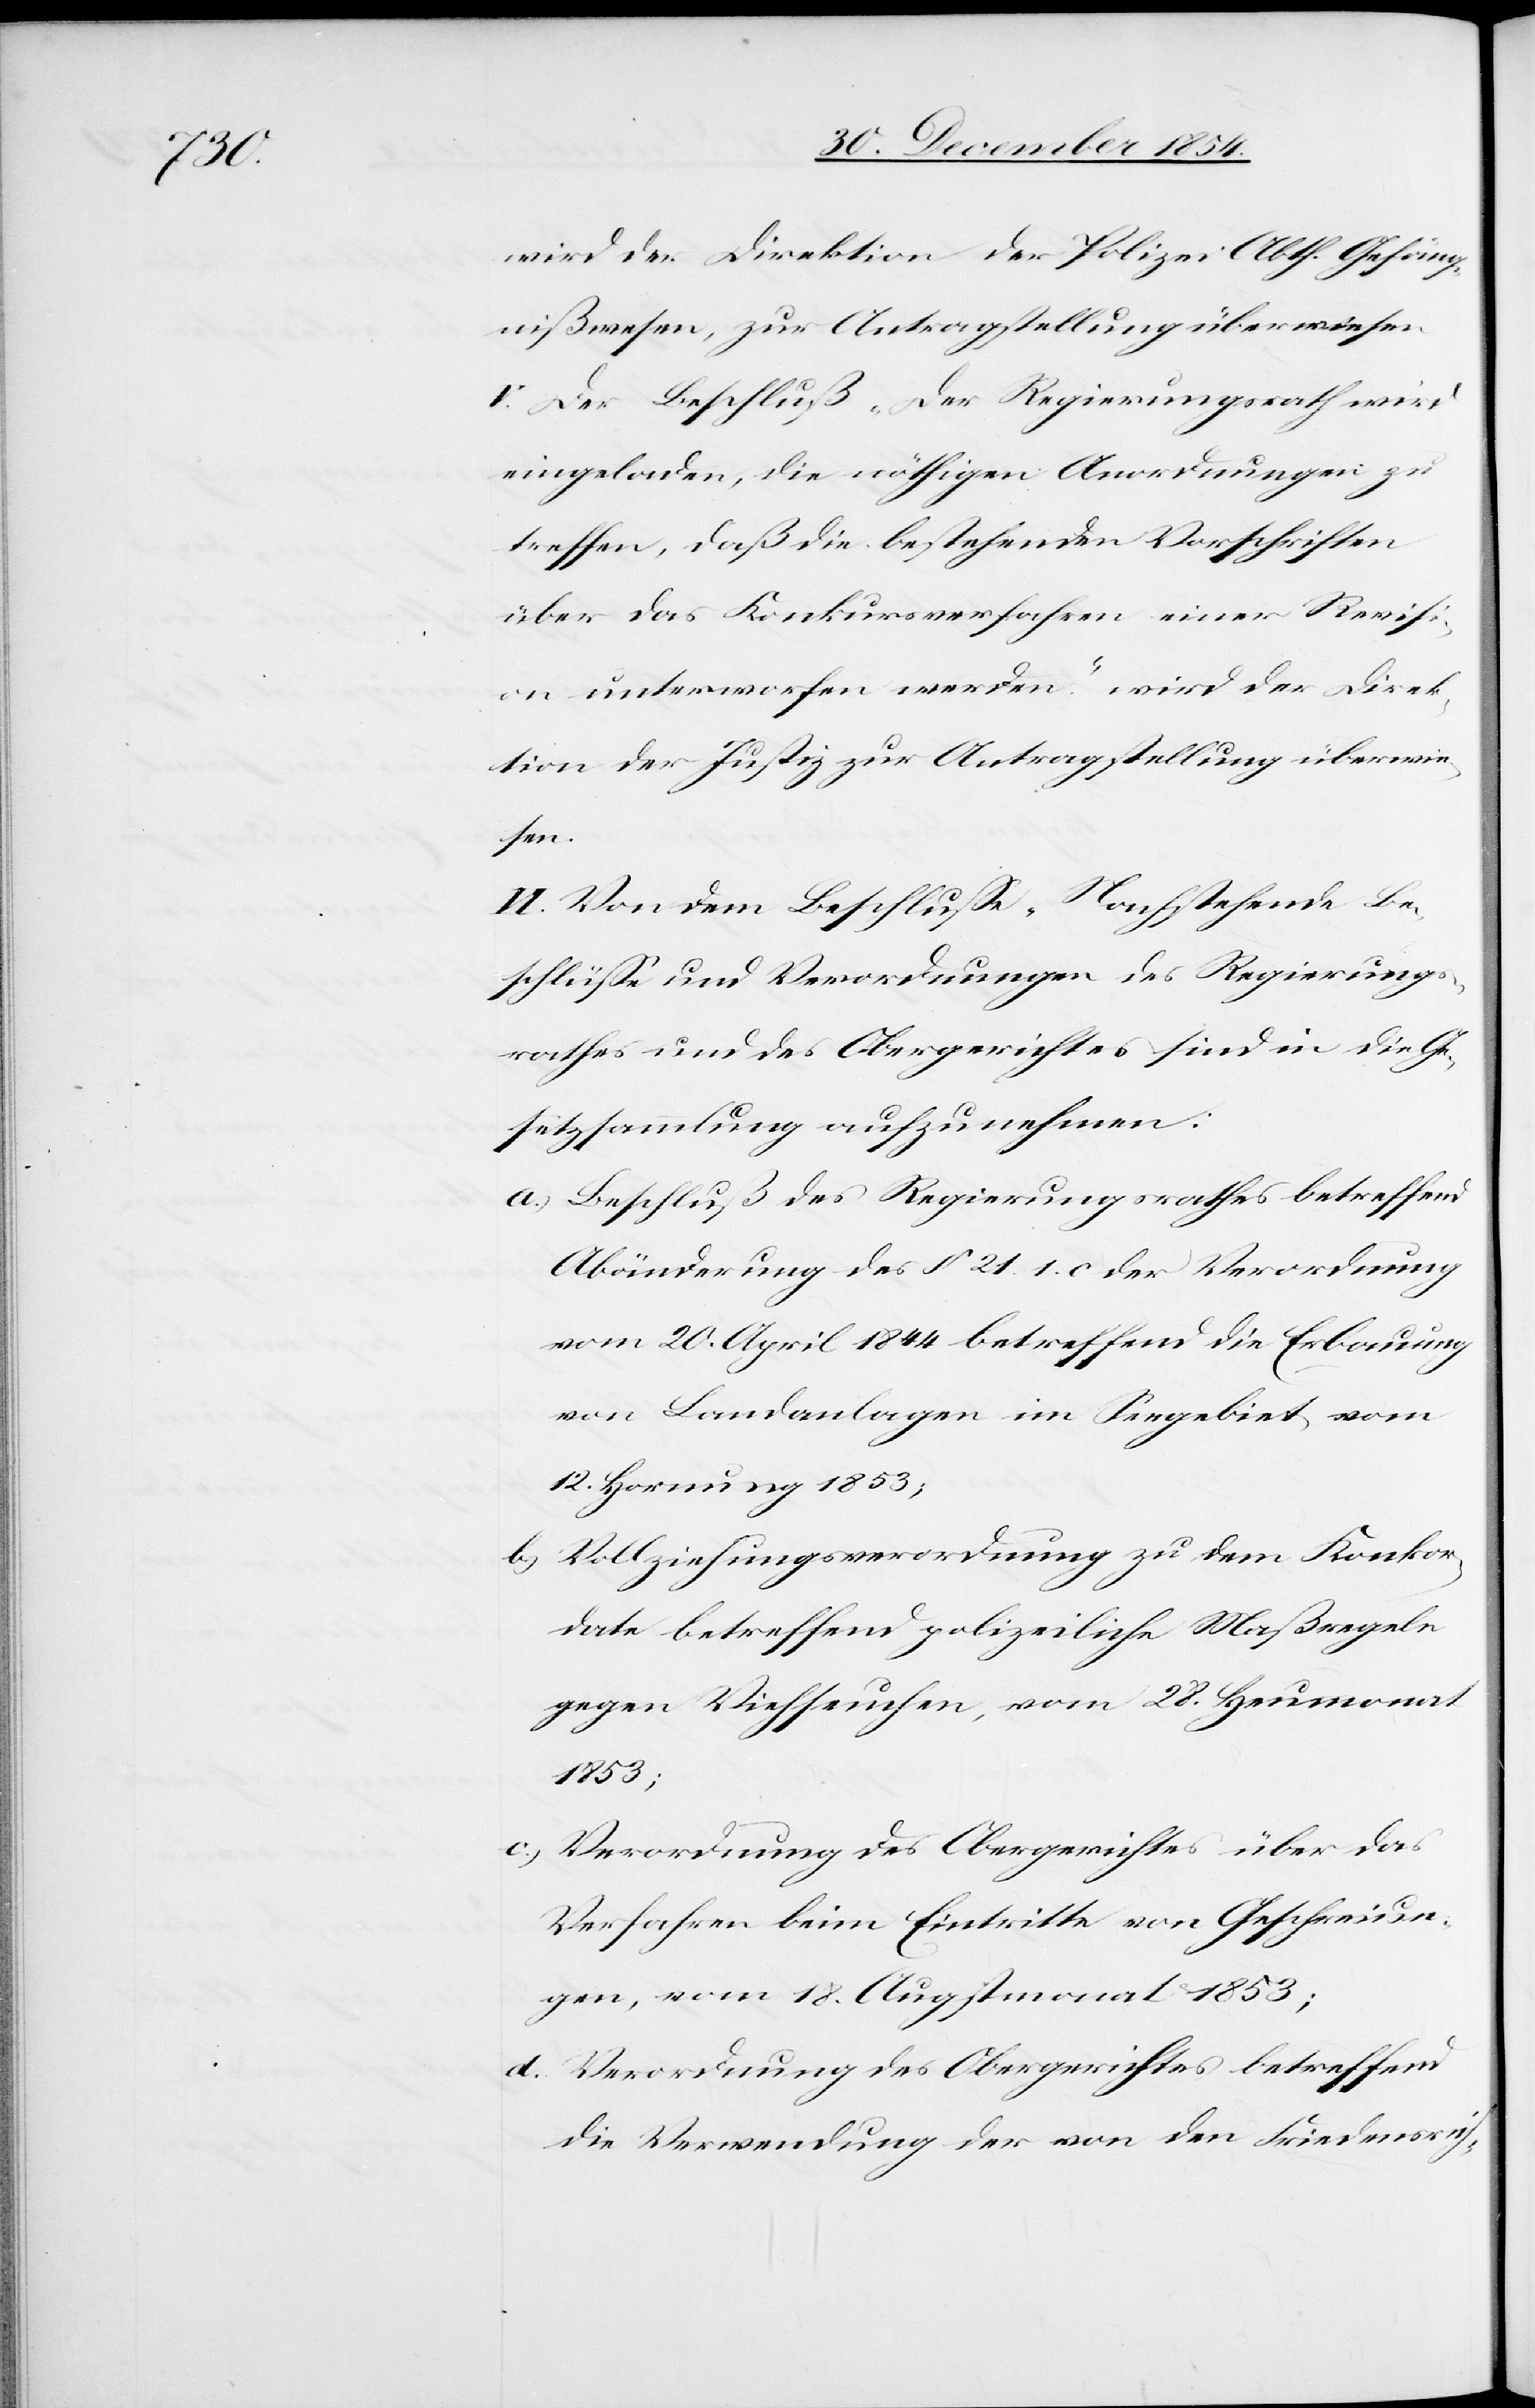
wird der Direktion der Polizei Abth. Gefäng¬
nißwesen, zur Antragstellung überwiesen.
V.[)] Der Beschluß „Der Regierungsrath wird
eingeladen, die nöthigen Anordnungen zu
treffen, daß die bestehenden Vorschriften
über das Konkursverfahren einer Revisi¬
on unterworfen werden“ wird der Direk¬
tion der Justiz zur Antragstellung überwie¬
sen.
VI.[)] Von dem Beschluße „Nachstehende Be¬
schlüße und Verordnungen des Regierungs¬
rathes und des Obergerichtes sind in die Ge¬
setzessammlung aufzunehmen:
a.) Beschluß des Regierungsrathes betreffend
Abänderung des § 21. 1. c. der Verordnung
vom 20. April 1844 betreffend die Erbauung
von Landanalgen im Seegebiet vom
12. Hornung 1853;
b.) Vollziehungsverordnung zu dem Konkor¬
date betreffend polizeiliche Maßregeln
gegen Viehseuchen, vom 28. Heumonat
1853;
c.) Verordnung des Obergerichtes über das
Verfahren beim Eintritte von Geschreiun¬
gen, vom 18. Augstmonat 1853;
d.[)] Verordnung des Obergerichtes betreffend
die Verwendung der von den Friedensrich-